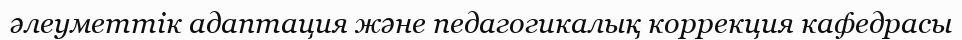
әлеуметтік адаптация және педагогикалық коррекция кафедрасы